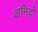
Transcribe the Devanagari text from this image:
अमिदो